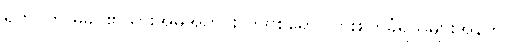
ရှက်ပတ် မိခင်၏သားအိမ်အတွင်း ကိုဗစ်ရောဂါကူးစက်ခံရသူများအနက်